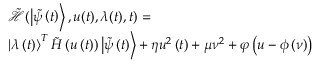
\begin{array} { r l } & { \! \! \! \! \! \! \! \Tilde { \mathcal { H } } ( \left| \tilde { \psi } \left( t \right) \right\rangle , u ( t ) , \lambda ( t ) , t ) = } \\ & { \! \! \! \! \! \! \! \left| \lambda \left( { t } \right) \right\rangle ^ { { T } } \tilde { H } \left( u \left( t \right) \right) \left| \tilde { \psi } \left( t \right) \right\rangle + \eta { { u } ^ { 2 } } \left( t \right) + \mu { { \nu } ^ { 2 } } + { \varphi \left( u - { { \phi } } \left( \nu \right) \right) } } \end{array}